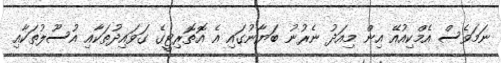
ނަމަވެސް އެމްކިއުއޭ އިން މިއަދު ނެރުނު ބަޔާނުގައި އެ އޮތޮރިޓީގެ ގަަވައިދުތަކާއި އުސޫލުތަކާއި